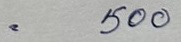
=500